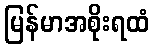
မြန်မာအစိုးရထံ